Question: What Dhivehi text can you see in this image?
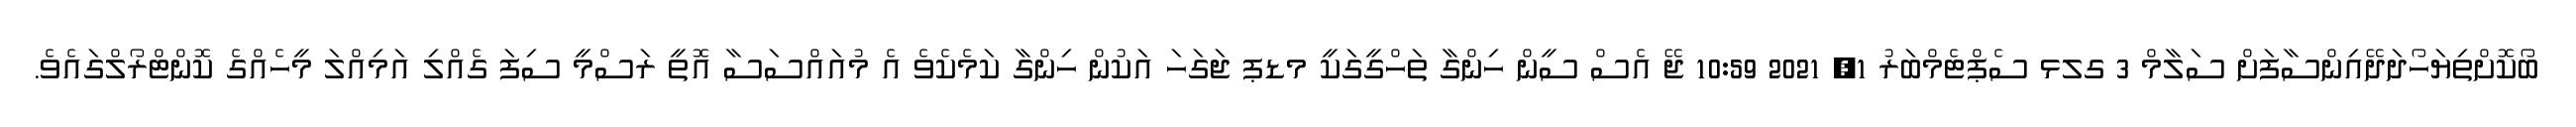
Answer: ބޯކޮށްތިޔަހޯދަދޭއިންސާފަށް ސަލާމް 3 ގލޅ ސެޕްޓެމްބަރު 1, 2021 10:59 ޖޭ އެސް ސީން ހިންގާ ތަހްގީގަކީ މޑޕ ޖަގަހަ އަކުން ހިންގާ ކަމެކެވެ އެ މުއައްސަސާ އޮތީ ރަސްމީ ސިފަ ގެއްލި އަމިއްލަ މީހެއްގެ ކޮންޓްރޯލްގައެވެ.